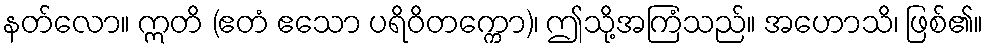
နတ်လော။ ဣတိ (ဧတံ ဧသော ပရိဝိတက္ကော)၊ ဤသို့အကြံသည်။ အဟောသိ၊ ဖြစ်၏။